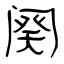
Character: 阕